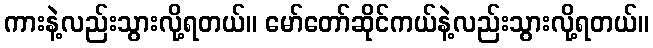
ကားနဲ့လည်းသွားလို့ရတယ်။ မော်တော်ဆိုင်ကယ်နဲ့လည်းသွားလို့ရတယ်။